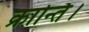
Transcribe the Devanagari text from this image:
क्रान्ति।